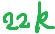
Text: 22K